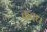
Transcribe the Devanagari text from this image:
कवध